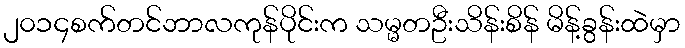
၂၀၁၄စက်တင်ဘာလကုန်ပိုင်းက သမ္မတဦးသိန်းစိန် မိန့်ခွန်းထဲမှာ